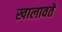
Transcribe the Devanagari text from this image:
खालावते